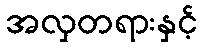
အလှတရားနှင့်